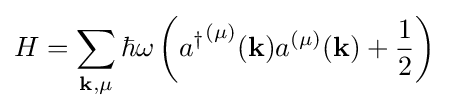
H=\sum _{\mathbf {k} ,\mu }\hbar \omega \left({a^{\dagger }}^{(\mu )}(\mathbf {k} )a^{(\mu )}(\mathbf {k} )+{\frac {1}{2}}\right)